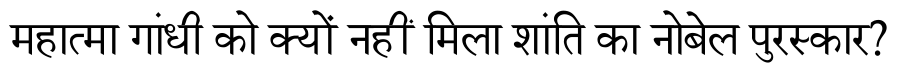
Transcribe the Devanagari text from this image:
महात्मा गांधी को क्यों नहीं मिला शांति का नोबेल पुरस्कार?